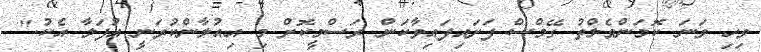
ވިހި ވަނަ ކޮމަންވެލްތު ގޭމްސް ފަށައިފައިވާކަން ރަސްމީކޮށް މި އިއުލާންކުރަނީ އުފަލާ އެކު."